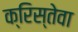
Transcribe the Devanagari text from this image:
क्रिस्तेवा